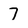
Character: 7